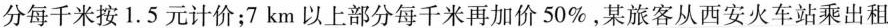
分每千米按1.5元计价；7km以上部分每千米再加价50\%，某旅客从西安火车站乘出租